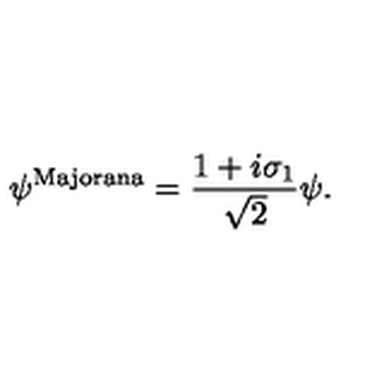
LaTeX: \psi ^ { \mathrm { M a j o r a n a } } = \frac { 1 + i \sigma _ { 1 } } { \sqrt { 2 } } \psi .